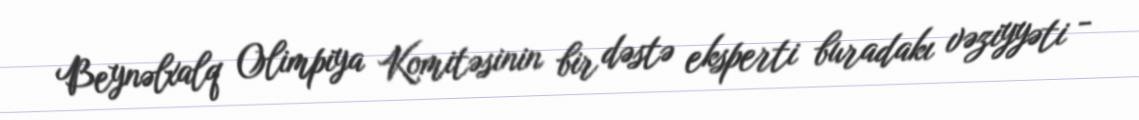
Beynəlxalq Olimpiya Komitəsinin bir dəstə eksperti buradakı vəziyyəti -